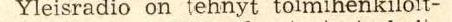
Yleisradio on tehnyt toimihenkilöit-